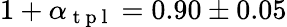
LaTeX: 1+\alpha_{\mathrm{~t~p~l~}}=0.90\pm 0.05